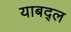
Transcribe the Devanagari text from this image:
याबद्ल